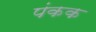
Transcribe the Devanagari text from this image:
पंकक